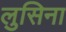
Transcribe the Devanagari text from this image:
लुसिना